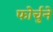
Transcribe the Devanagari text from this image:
फोर्चुने